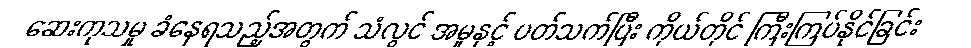
ဆေးကုသမှု ခံနေရသည့်အတွက် သံလွင် အမှုနှင့် ပတ်သက်ပြီး ကိုယ်တိုင် ကြီးကြပ်နိုင်ခြင်း